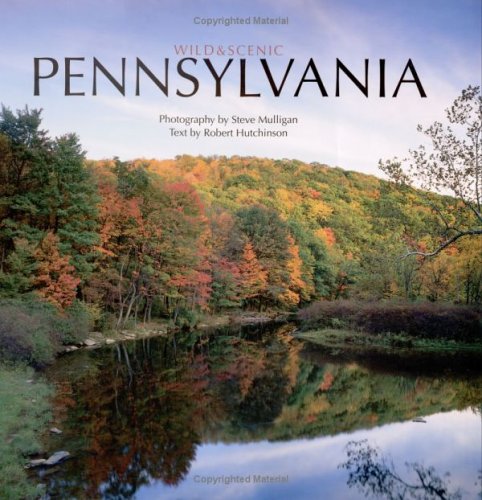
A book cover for Pennsylvania (Wild & Scenic); Robert Hutchinson; Travel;